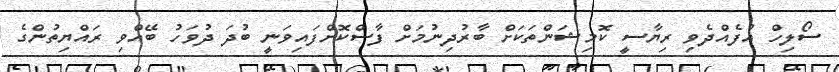
ސޯލިހް އުފެއްދެވި ރިޔާސީ ކޮމިޝަންތަކަށް ބާރުދިނުމަށް ފާސްކޮށްފައިވަނީ ބުދަ ދުވަހު ބޭއްވި ރައްޔިތުންގެ